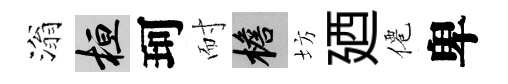
滃桓珂耐檐坊廼僊卑